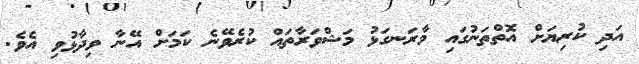
އަދި ކުރިޔަށް އޮތްތަނުގައި މާރަނގަޅު މަޝްވަރާތައް ކުރެވޭނެ ކަމަށް އޭނާ ވިދާޅުވި އެވެ.